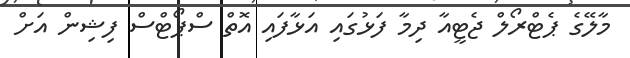
މާލޭގެ ޕެޓްރޯލް ޖެޓީއާ ދިމާ ފަޅުގައި އަޅާފައި އޮތް ސްޕޯޓްސް ފިޝިން އަށް